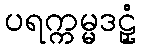
ပရက္ကမ္မဒဠှံ